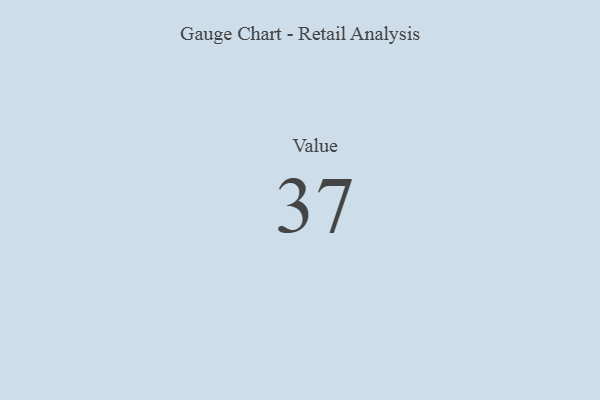
{"axis": {"x": "Metric", "y": "Value"}, "legend": [""], "data": [{"x": "Value", "y": 37, "type": ""}]}